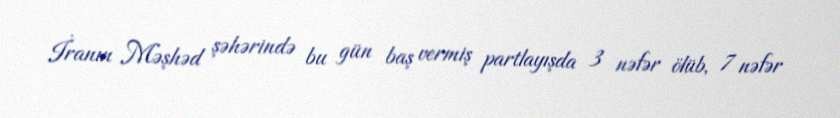
İranın Məşhəd şəhərində bu gün baş vermiş partlayışda 3 nəfər ölüb, 7 nəfər